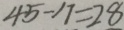
4 5 - 1 7 = 2 8